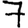
Digit: 7